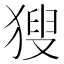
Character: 獀